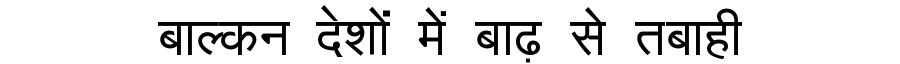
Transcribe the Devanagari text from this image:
बाल्कन देशों में बाढ़ से तबाही